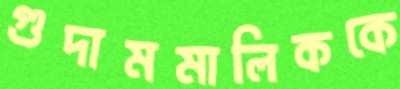
গুদামমালিককে